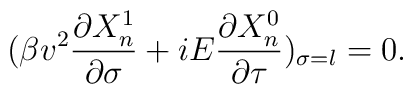
(\beta v^{2}\frac{\partial X_{n}^{1}}{\partial\sigma}+iE\frac{\partial X_{n}^{0}}{\partial \tau})_{\sigma=l}=0.